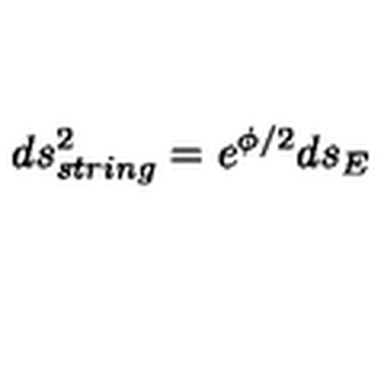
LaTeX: d s _ { s t r i n g } ^ { 2 } = e ^ { \phi / 2 } d s _ { E }